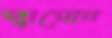
হ্যামোন